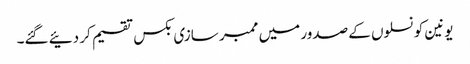
یونین کونسلوں کے صدور میں ممبر سازی بکس تقسیم کر دئیے گئے۔